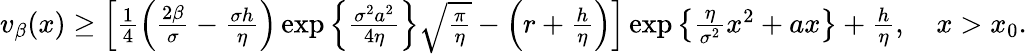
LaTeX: \begin{array}{r}{v_{\beta}(x)\ge\left[\frac{1}{4}\left(\frac{2\beta}{\sigma}-\frac{\sigma h}{\eta}\right)\exp\left\{ \frac{\sigma^{2}a^{2}}{4\eta}\right\} \sqrt{\frac{\pi}{\eta}}-\left(r+\frac{h}{\eta}\right)\right]\exp\left\{ \frac{\eta}{\sigma^{2}}x^{2}+ax\right\} +\frac{h}{\eta},\quad x>x_{0}.}\end{array}